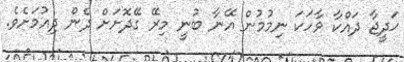
ޚަދީޖާ ދައްކާ ވާހަކަ ނިމުމުން އޭނާ ބުނީ މިރޭ ގޭދޮށަށް ދެން ދިއުމަށެވެ.